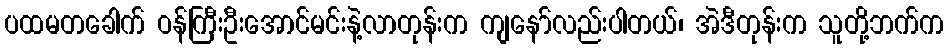
ပထမတခေါက် ဝန်ကြီးဦးအောင်မင်းနဲ့လာတုန်းက ကျနော်လည်းပါတယ်၊ အဲဒီတုန်းက သူတို့ဘက်က